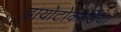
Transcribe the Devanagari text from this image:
डायोटोकार्डिया